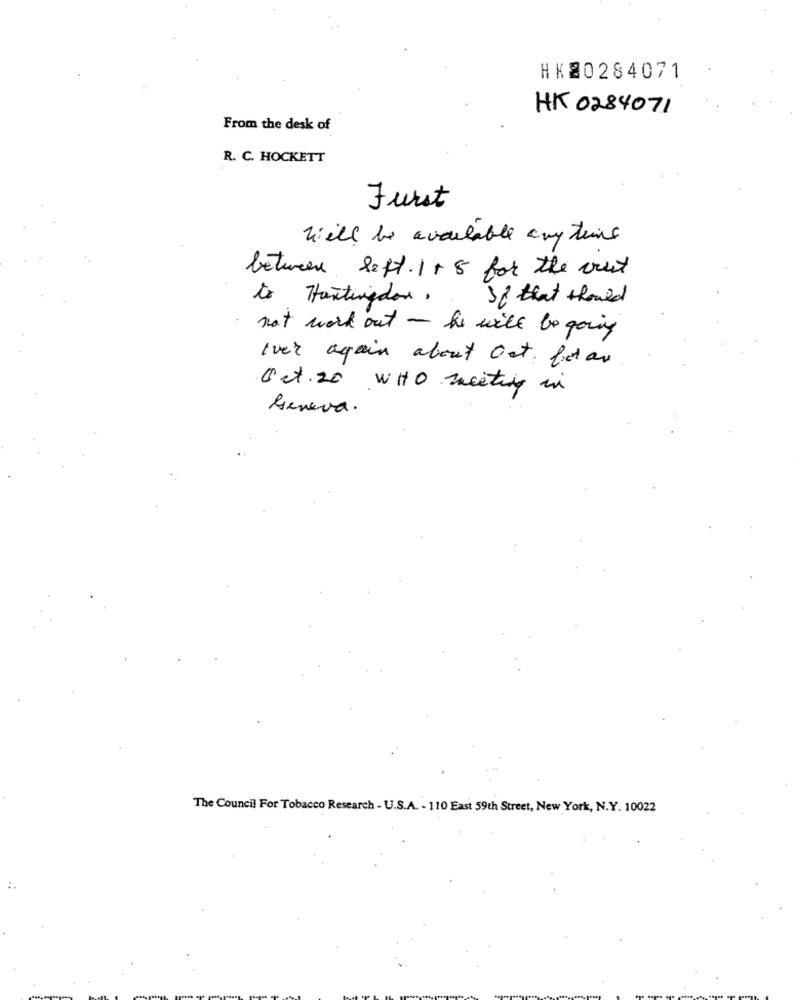
HK20284071
HK 0284071
From the desk of
R. C. HOCKETT
Furst
will be available any time
between left. 1 + 5 for the crust
to Huntingdon ..
Sf that should
not work out - he will be going
Iver again about Ost. fot as
Oct. 20 WHO meeting in
Geneva.
The Council For Tobacco Research - U.S.A. - 110 East 59th Street, New York, N.Y. 10022